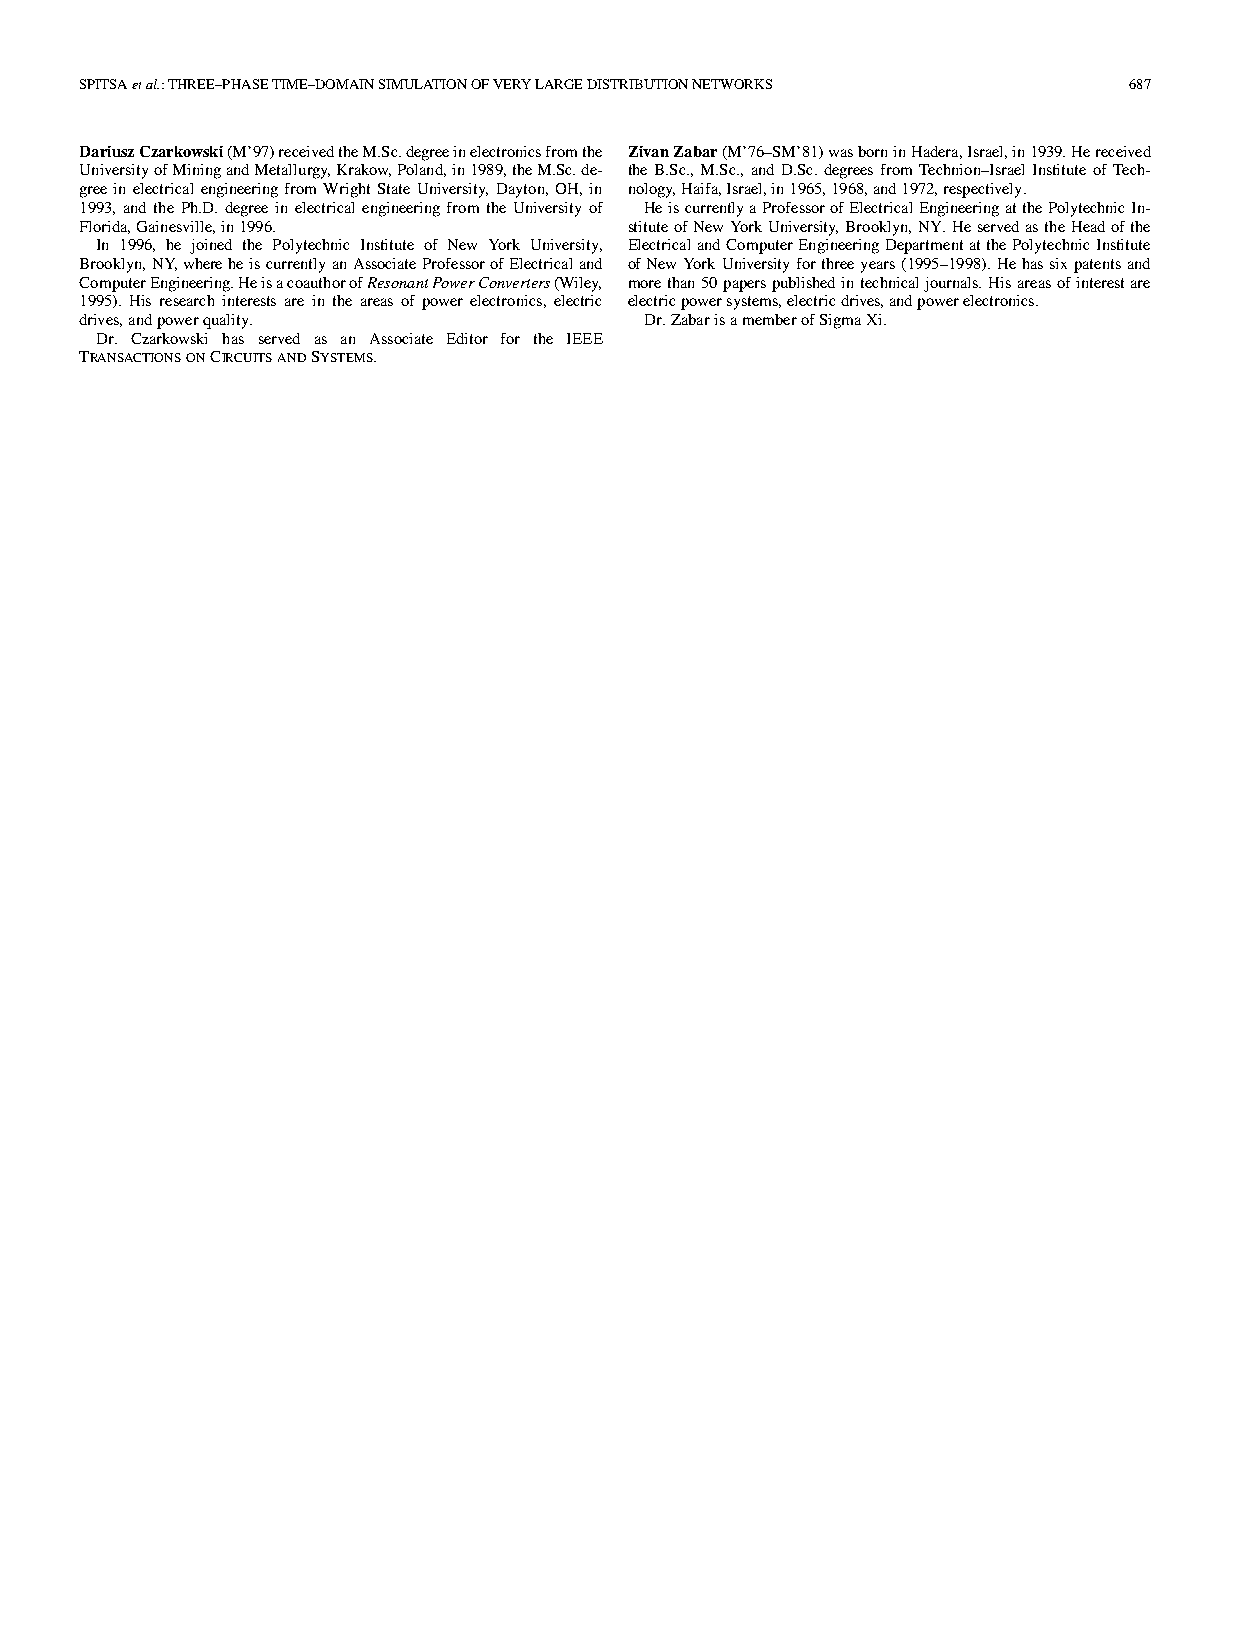
SPITSAetal.:THREE–PHASETIME–DOMAINSIMULATIONOFVERYLARGEDISTRIBUTIONNETWORKS 687
 DariuszCzarkowski(M’97)receivedtheM.Sc.degreeinelectronicsfromthe ZivanZabar(M’76–SM’81)wasborninHadera,Israel,in1939.Hereceived
 UniversityofMiningandMetallurgy,Krakow,Poland,in1989,theM.Sc.de- theB.Sc.,M.Sc., and D.Sc.degrees fromTechnion–IsraelInstitute of Tech-
 gree in electrical engineeringfrom Wright State University, Dayton, OH,in nology,Haifa,Israel,in1965,1968,and1972,respectively.
 1993, and the Ph.D. degree in electrical engineering from the University of HeiscurrentlyaProfessorofElectricalEngineeringatthePolytechnicIn-
 Florida,Gainesville,in1996.          stituteofNewYorkUniversity,Brooklyn,NY.HeservedastheHeadofthe
 In 1996, he joined the Polytechnic Institute of New York University, ElectricalandComputerEngineeringDepartmentatthePolytechnicInstitute
 Brooklyn,NY,whereheiscurrentlyanAssociateProfessorofElectricaland ofNewYorkUniversityforthreeyears(1995–1998).Hehassixpatentsand
 ComputerEngineering.HeisacoauthorofResonantPowerConverters(Wiley, morethan50paperspublishedintechnicaljournals.Hisareasofinterestare
 1995). His research interests are in the areas of power electronics, electric electricpowersystems,electricdrives,andpowerelectronics.
 drives,andpowerquality.               Dr.ZabarisamemberofSigmaXi.
 Dr. Czarkowski has served as an Associate Editor for the IEEE
 TRANSACTIONSONCIRCUITSANDSYSTEMS.